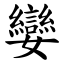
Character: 孌